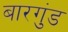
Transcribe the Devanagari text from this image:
बारगुंड